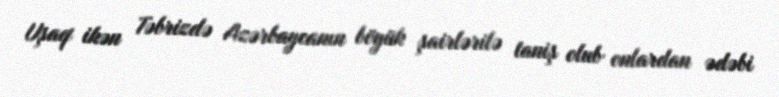
Uşaq ikən Təbrizdə Azərbaycanın böyük şairlərilə taniş olub onlardan ədəbi